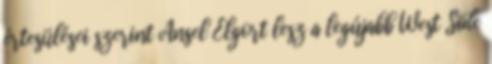
értesülései szerint Ansel Elgort lesz a legújabb West Side